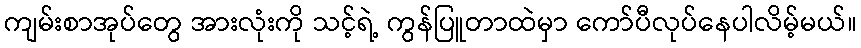
ကျမ်းစာအုပ်တွေ အားလုံးကို သင့်ရဲ့ ကွန်ပြူတာထဲမှာ ကော်ပီလုပ်နေပါလိမ့်မယ်။